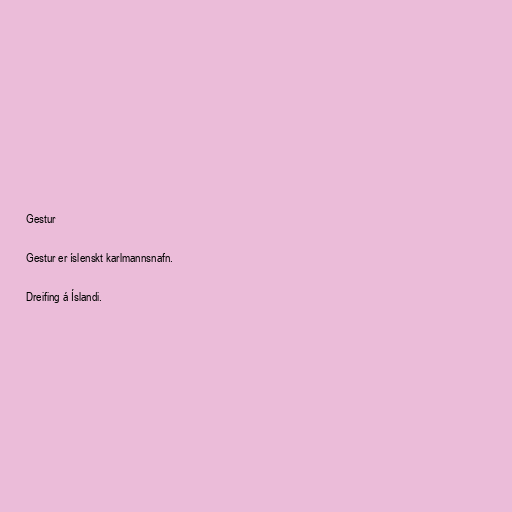
Gestur

Gestur er íslenskt karlmannsnafn.

Dreifing á Íslandi.